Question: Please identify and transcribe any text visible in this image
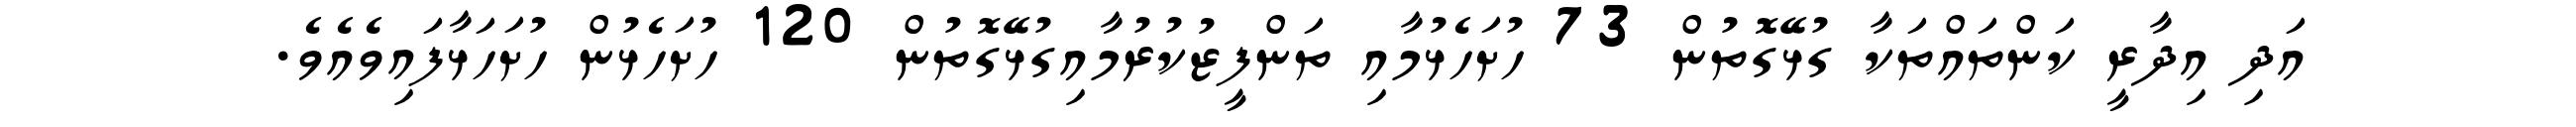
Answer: އަދި އިދާރީ ކަންތައްތަކާ ގުޅޭގޮތުން 73 ހުށަހެޅުމާއި ތަންފީޒުކުރުމާއިގުޅޭގޮތުން 120 ހުށަހެޅުން ހުށަހަޅާފައިވެއެވެ.